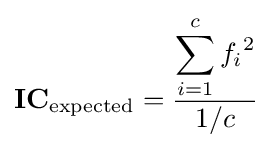
\mathbf {IC} _{\mathrm {expected} }={\frac {\displaystyle \sum _{i=1}^{c}{f_{i}}^{2}}{1/c}}